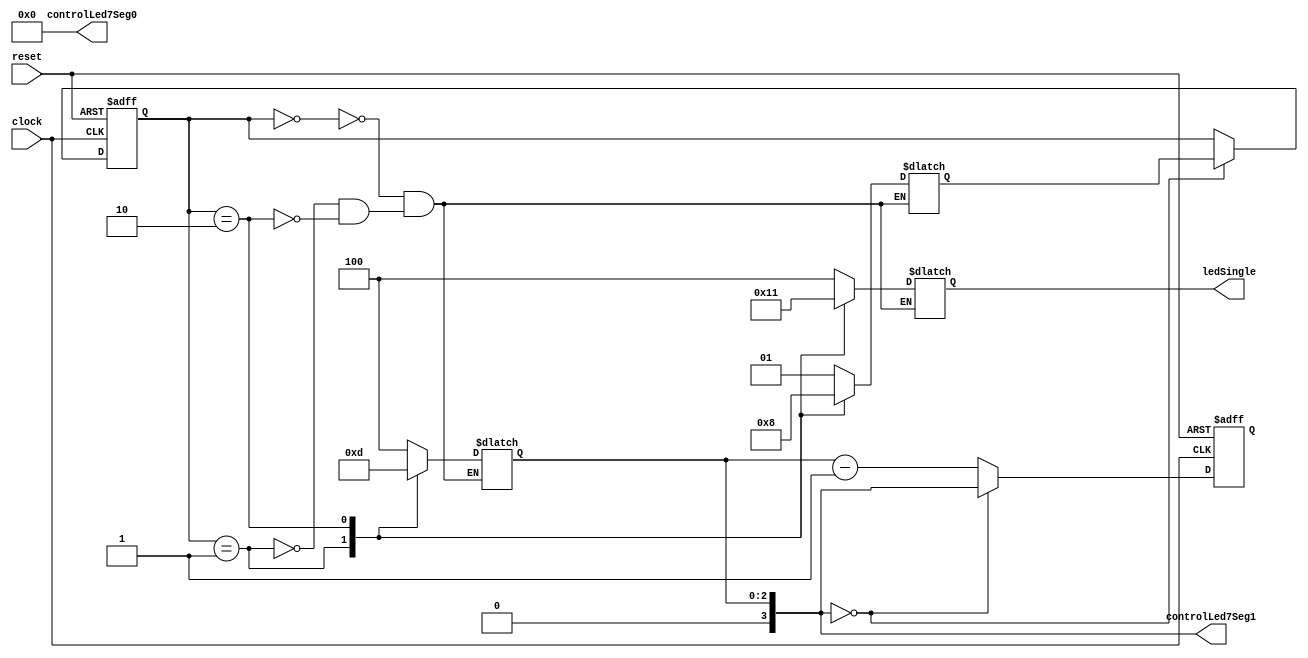

module Controller
(
clock,				// Clock 40MHz
reset,				// Reset tich cuc duong
ledSingle,			// Tin hieu led don
controlLed7Seg1,	// Tin hieu led 7 thanh hang chuc
controlLed7Seg0		// Tin hieu led 7 thanh hang don vi
);

// Khai bao tin hieu
input clock, reset;
output reg [2:0] ledSingle;
output reg [3:0] controlLed7Seg1,controlLed7Seg0;


parameter GreenTime 	= 40;
parameter YellowTime 	= 10;
parameter RedTime 	= 50;
 

parameter GreenState 	= 2'b00;
parameter YellowState 	= 2'b01;
parameter RedState 	= 2'b10;


reg [1:0] currentState, nextState;


// D-FlipFlop
initial
begin
currentState = GreenState;
nextState = YellowState;
controlLed7Seg1 <= GreenTime / 10;
controlLed7Seg0 <= GreenTime % 10;
end



always @ (negedge clock or posedge reset)
begin
	if(reset)
		begin
			currentState = GreenState;
			controlLed7Seg1 <= GreenTime / 10;
			controlLed7Seg0 <= GreenTime % 10;
		end
	else
		if( controlLed7Seg1 == 0 && controlLed7Seg0 == 0)
			begin
				currentState <= nextState;
			end
		else
			begin
			if (controlLed7Seg0 == 0)
				begin
					controlLed7Seg1 = controlLed7Seg1 - 1;
					controlLed7Seg0 = 9;
				end
			else
				controlLed7Seg0 = controlLed7Seg0 - 1;
			end
end






always @ (currentState)
begin
		case(currentState)
			GreenState: 
				begin 
					nextState = YellowState;
					controlLed7Seg1 = GreenTime / 10;
					controlLed7Seg0 = GreenTime % 10;
				end
			YellowState: 
				begin 
					nextState = RedState;
					controlLed7Seg1 = YellowTime / 10;
					controlLed7Seg0 = YellowTime % 10;
				end
			RedState: 
				begin 
					nextState = GreenState; 
					controlLed7Seg1 = RedTime / 10;
					controlLed7Seg0 = RedTime % 10;
				end
		endcase
end




always @ (currentState)
begin
	case(currentState)
		GreenState: ledSingle 	= 3'b100;
		YellowState: ledSingle	= 3'b010;
		RedState: ledSingle	= 3'b001;
	endcase
end

endmodule